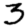
Digit: 3